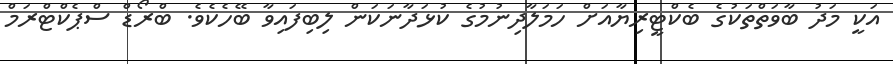
އަކީ މަދު ބާވަތްތަކުގެ ބެކްޓީރިޔާއަށް ހަމަލާދިނުމުގެ ކުޅަދާނަކަން ލިބިފައިވާ ބޭހެކެވެ. ބްރޯޑް ސްޕެކްޓްރަމް